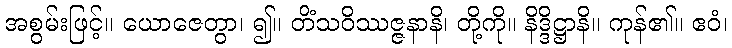
အစွမ်းဖြင့်။ ယောဇေတွာ၊ ၍။ တိံသဝိဿဇ္ဇနာနိ၊ တို့ကို။ နိဒ္ဒိဋ္ဌာနိ။ ကုန်၏။ ဧဝံ၊